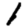
Digit: 1